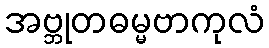
အဗ္ဘုတဓမ္မဗာကုလံ